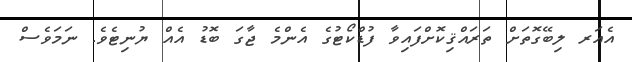
އެއަރ ލިބޭގޮތަށް ތަރައްޤިކޮށްފައިވާ ފުޑްކޯޓުގެ އެންމެ ޖާގަ ބޮޑު އެއް ޔުނިޓެވެ. ނަމަވެސް